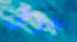
جوعى